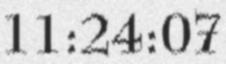
11:24:07